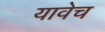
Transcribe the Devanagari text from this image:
यावेच